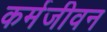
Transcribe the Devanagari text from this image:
कर्मजीवन